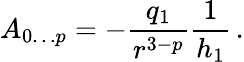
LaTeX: A_{0\ldots p}=-\frac{q_{1}}{r^{3-p}}\frac{1}{h_{1}}\, .